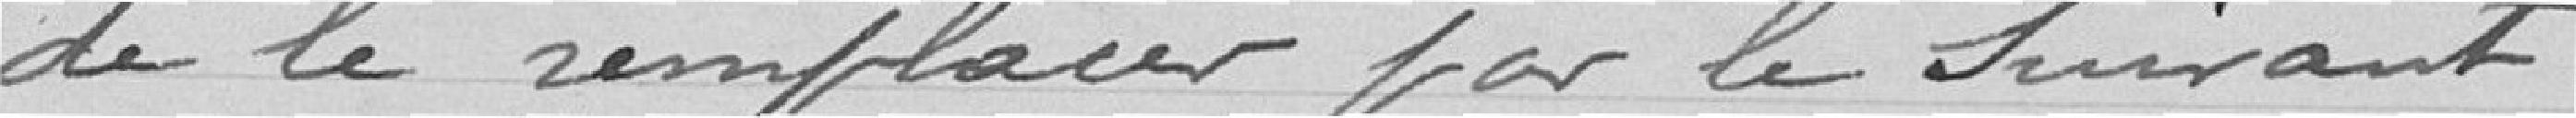
de le remplacer par le suivant :